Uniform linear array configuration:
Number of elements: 48
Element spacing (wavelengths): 0.5
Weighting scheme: hann
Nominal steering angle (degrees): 45
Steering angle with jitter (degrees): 43.706
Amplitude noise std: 0.05
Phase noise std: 0.05

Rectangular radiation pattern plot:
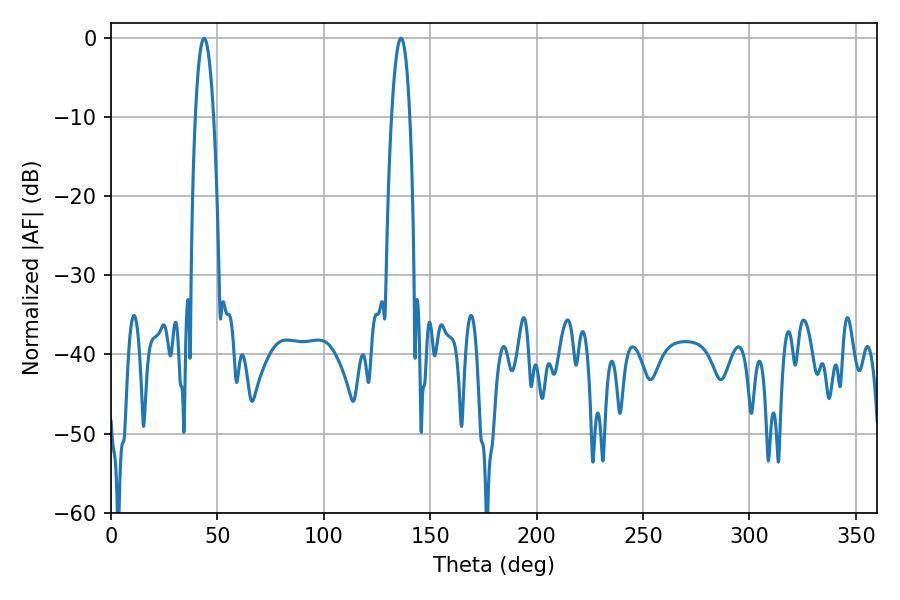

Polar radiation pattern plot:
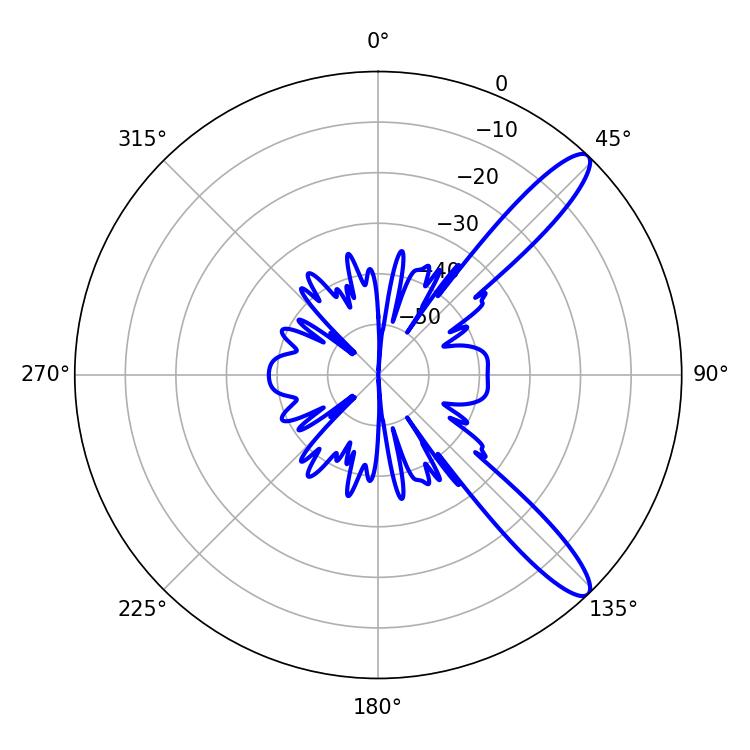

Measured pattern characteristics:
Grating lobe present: FALSE
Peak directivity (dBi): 12.077
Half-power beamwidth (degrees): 4.68
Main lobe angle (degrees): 43.74